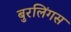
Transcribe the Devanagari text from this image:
बुरलिंगस